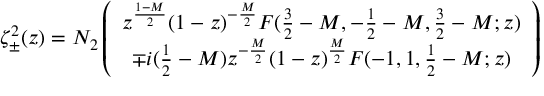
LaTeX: \zeta _ { \pm } ^ { 2 } ( z ) = N _ { 2 } \left( \begin{array} { c } { { z ^ { \frac { 1 - M } { 2 } } ( 1 - z ) ^ { - \frac { M } { 2 } } F ( \frac { 3 } { 2 } - M , - \frac { 1 } { 2 } - M , \frac { 3 } { 2 } - M ; z ) } } \\ { { \mp i ( \frac { 1 } { 2 } - M ) z ^ { - \frac { M } { 2 } } ( 1 - z ) ^ { \frac { M } { 2 } } F ( - 1 , 1 , \frac { 1 } { 2 } - M ; z ) } } \end{array} \right)